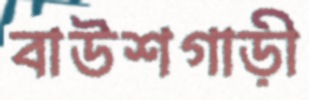
বাউশগাড়ী